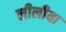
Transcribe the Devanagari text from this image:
लीलीया